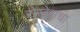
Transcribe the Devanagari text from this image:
रोखे्सचा